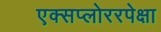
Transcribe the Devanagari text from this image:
एक्सप्लोररपेक्षा